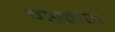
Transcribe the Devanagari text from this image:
वछलश